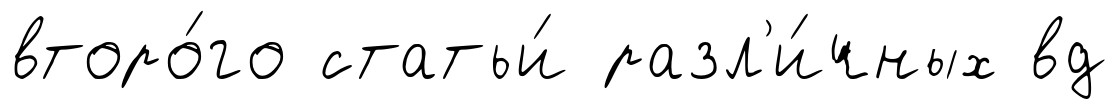
второ́го статьи́ разл'и́чных вд